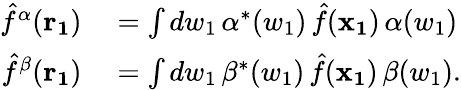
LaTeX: \begin{array}{rl}{\hat{f}^{\alpha}(\mathbf{r_{1}})}&{{}=\int dw_{1}\, \alpha^{*}(w_{1})\, \hat{f}(\mathbf{x_{1}})\, \alpha(w_{1})}\\ {\hat{f}^{\beta}(\mathbf{r_{1}})}&{{}=\int dw_{1}\, \beta^{*}(w_{1})\, \hat{f}(\mathbf{x_{1}})\, \beta(w_{1}).}\end{array}